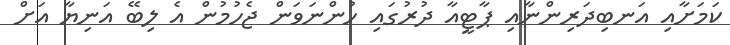
ކަމަށާއި އަނބިދަރިންނާއި ޕާޓީއާ ދުރުގައި ހުންނަވަން ޖެހުމުން އެ ލިބޭ އަނިޔާ އަށް